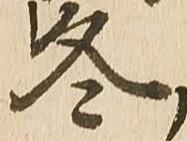
冬